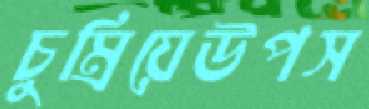
চুম্‌রিয়েউপস